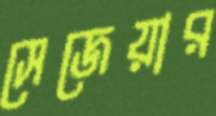
সেজেয়ার